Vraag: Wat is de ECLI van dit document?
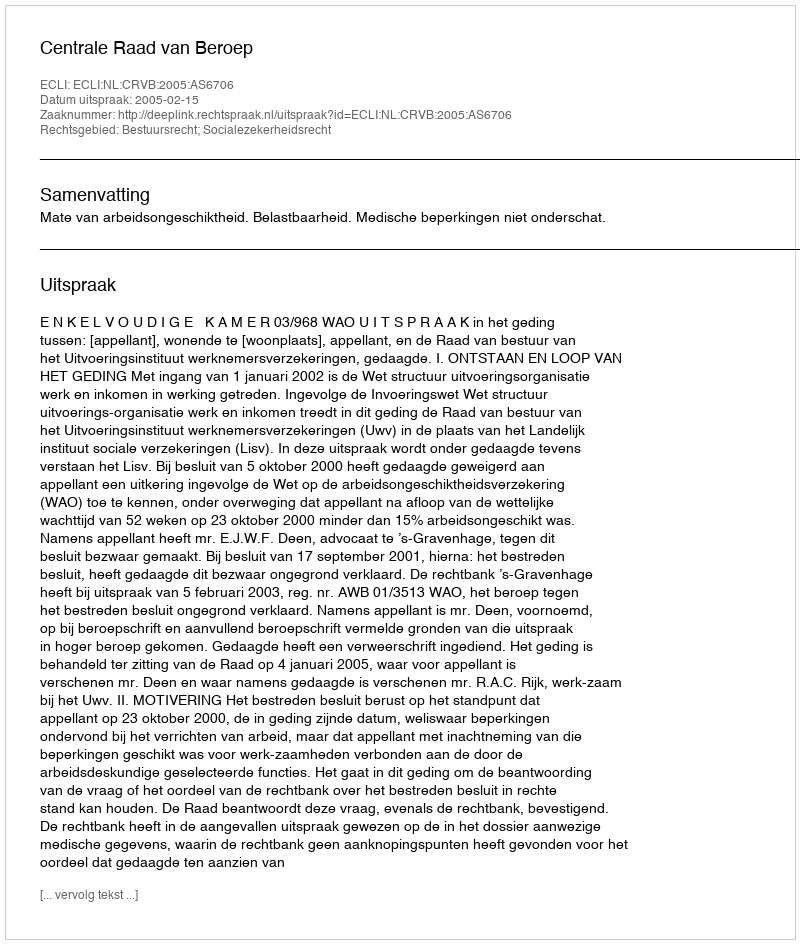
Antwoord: ECLI:NL:CRVB:2005:AS6706